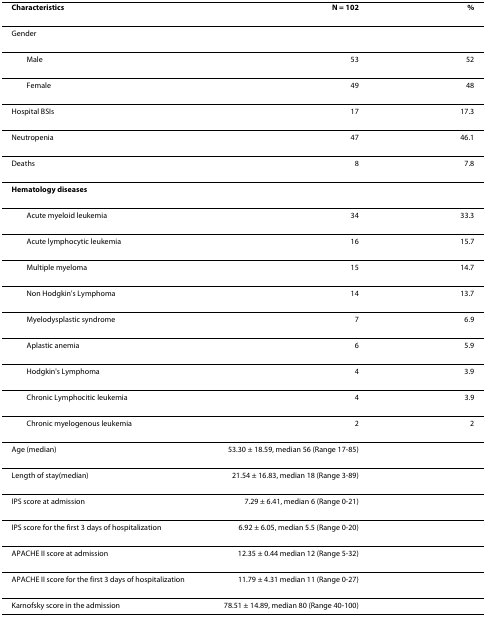
<table><thead><tr><td><b>Characteristics</b></td><td><b>N = 102</b></td><td><b>%</b></td></tr></thead><tbody><tr><td>Gender</td><td></td><td></td></tr><tr><td> Male</td><td>53</td><td>52</td></tr><tr><td> Female</td><td>49</td><td>48</td></tr><tr><td>Hospital BSIs</td><td>17</td><td>17.3</td></tr><tr><td>Neutropenia</td><td>47</td><td>46.1</td></tr><tr><td>Deaths</td><td>8</td><td>7.8</td></tr><tr><td><b>Hematology diseases</b></td><td></td><td></td></tr><tr><td> Acute myeloid leukemia</td><td>34</td><td>33.3</td></tr><tr><td> Acute lymphocytic leukemia</td><td>16</td><td>15.7</td></tr><tr><td> Multiple myeloma</td><td>15</td><td>14.7</td></tr><tr><td> Non Hodgkin&#x27;s Lymphoma</td><td>14</td><td>13.7</td></tr><tr><td> Myelodysplastic syndrome</td><td>7</td><td>6.9</td></tr><tr><td> Aplastic anemia</td><td>6</td><td>5.9</td></tr><tr><td> Hodgkin&#x27;s Lymphoma</td><td>4</td><td>3.9</td></tr><tr><td> Chronic Lymphocitic leukemia</td><td>4</td><td>3.9</td></tr><tr><td> Chronic myelogenous leukemia</td><td>2</td><td>2</td></tr><tr><td>Age (median)</td><td>53.30 ± 18.59, median 56 (Range 17-85)</td><td></td></tr><tr><td>Length of stay(median)</td><td>21.54 ± 16.83, median 18 (Range 3-89)</td><td></td></tr><tr><td>IPS score at admission</td><td>7.29 ± 6.41, median 6 (Range 0-21)</td><td></td></tr><tr><td>IPS score for the first 3 days of hospitalization</td><td>6.92 ± 6.05, median 5.5 (Range 0-20)</td><td></td></tr><tr><td>APACHE II score at admission</td><td>12.35 ± 0.44 median 12 (Range 5-32)</td><td></td></tr><tr><td>APACHE II score for the first 3 days of hospitalization</td><td>11.79 ± 4.31 median 11 (Range 0-27)</td><td></td></tr><tr><td>Karnofsky score in the admission</td><td>78.51 ± 14.89, median 80 (Range 40-100)</td><td></td></tr></tbody></table>